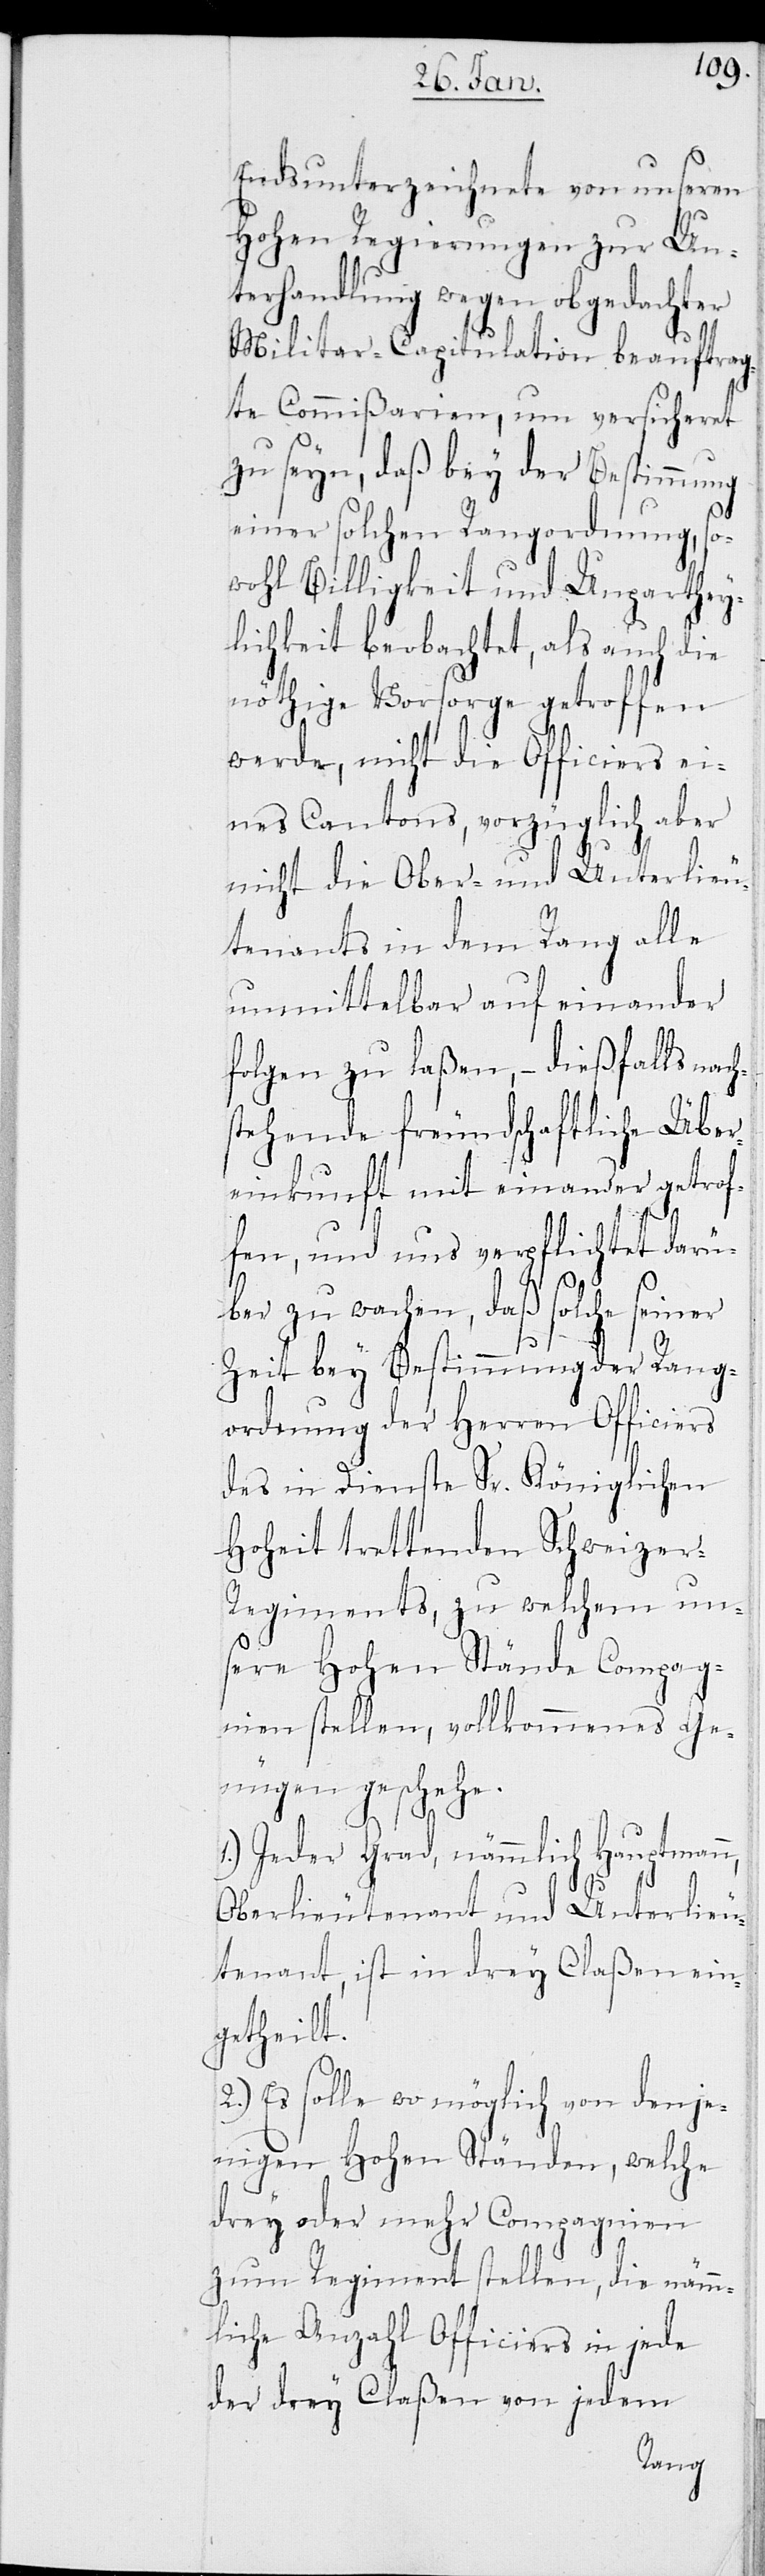
Endsunterzeichnete von unseren
Hohen Regierungen zur Un¬
terhandlung wegen obgedachter
Militar-Capitulation beauftrag¬
te Commißarien, um versicheret
zu seyn, daß bey der Bestimmung
einer solchen Rangordnung, so¬
wohl Billigkeit und Unparthey¬
lichkeit beobachtet, als auch die
nöthige Vorsorge getroffen
werde, nicht die Officiers ei¬
nes Cantons, vorzüglich aber
nicht die Ober- und Unterlieu¬
tenants in dem Rang alle
unmittelbar auf einander
folgen zu laßen, – dießfalls nac¬
stehende freundschaftliche Über¬
einkunft mit einander getrof¬
fen, und uns verpflichtet darü¬
ber zu wachen, daß solche seiner
Zeit bey Bestimmung der Rang¬
ordnung der Herren Officiers
des in Dienste Sr. Königlichen
Hoheit trettenden Schweize¬
r-Regiments, zu welchem un¬
sere Hohen Stände Compag¬
nien stellen, vollkommenes Ge¬
nügen geschehe.
1.) Jeder Grad, nämmlich Hauptman¬
Oberlieutenant und Unterlieu¬
tenant, ist in drey Claßen ein¬
getheilt.
2.) Es solle wo möglich von denje¬
nigen Hohen Ständen, welche
drey oder mehr Compagnien
zum Regiment stellen, die nämm¬
liche Anzahl Officiers in jede
der drey Claßen von jedem
n,